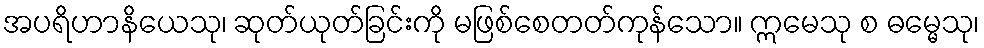
အပရိဟာနိယေသု၊ ဆုတ်ယုတ်ခြင်းကို မဖြစ်စေတတ်ကုန်သော။ ဣမေသု စ ဓမ္မေသု၊